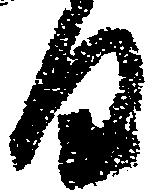
日